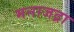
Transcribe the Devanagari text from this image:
मनाजद्रा